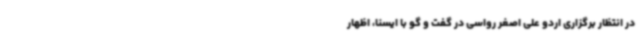
در انتظار برگزاری اردو علی اصغر رواسی در گفت و گو با ایسنا، اظهار